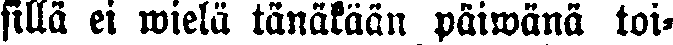
sillä ei wielä tänäkaän päiwänä toi-